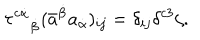
\tau ^ { c \dot { \alpha } } { } _ { \dot { \beta } } ( \bar { a } ^ { \dot { \beta } } a _ { \dot { \alpha } } ) _ { i j } = \delta _ { i j } \delta ^ { c 3 } \zeta .